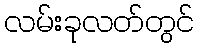
လမ်းခုလတ်တွင်